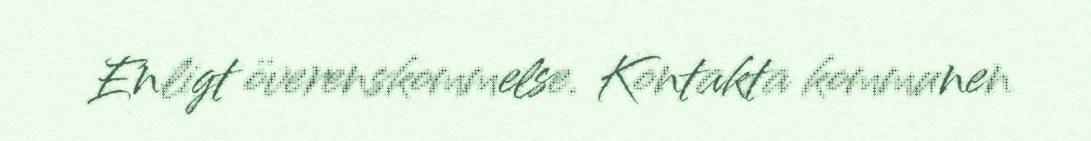
Enligt överenskommelse. Kontakta kommunen